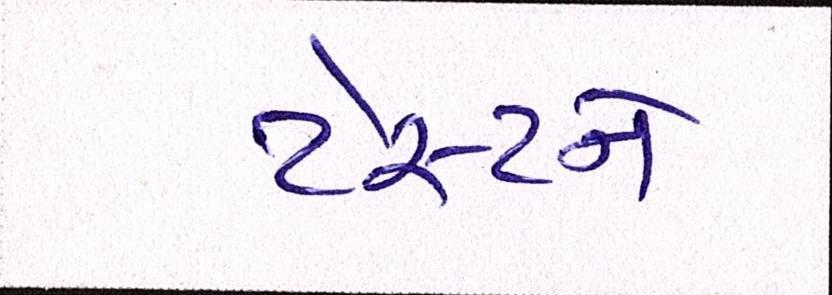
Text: ટેસ્ટને